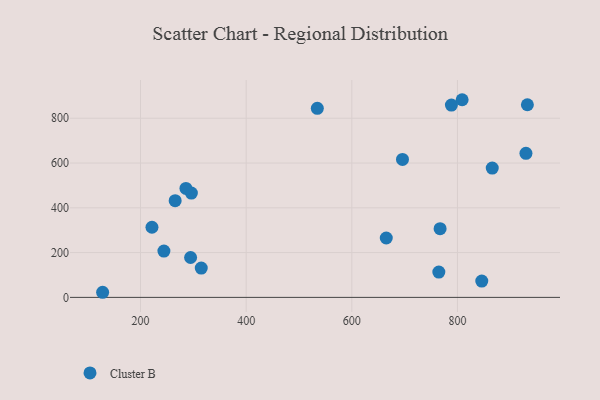
{"axis": {"x": "Speed", "y": "Sales"}, "legend": ["Cluster B"], "data": [{"x": "296.3", "y": 465.9, "type": "Cluster B"}, {"x": "788.5", "y": 858.8, "type": "Cluster B"}, {"x": "244.3", "y": 206.7, "type": "Cluster B"}, {"x": "929.6", "y": 643.6, "type": "Cluster B"}, {"x": "767.1", "y": 306.7, "type": "Cluster B"}, {"x": "534.7", "y": 844.2, "type": "Cluster B"}, {"x": "764.7", "y": 112.8, "type": "Cluster B"}, {"x": "695.9", "y": 616.3, "type": "Cluster B"}, {"x": "865.8", "y": 577.6, "type": "Cluster B"}, {"x": "128.3", "y": 22.8, "type": "Cluster B"}, {"x": "265.6", "y": 432.0, "type": "Cluster B"}, {"x": "315.0", "y": 130.8, "type": "Cluster B"}, {"x": "294.8", "y": 178.1, "type": "Cluster B"}, {"x": "665.2", "y": 265.2, "type": "Cluster B"}, {"x": "221.7", "y": 313.2, "type": "Cluster B"}, {"x": "286.0", "y": 486.7, "type": "Cluster B"}, {"x": "846.0", "y": 72.8, "type": "Cluster B"}, {"x": "808.8", "y": 882.8, "type": "Cluster B"}, {"x": "932.3", "y": 860.4, "type": "Cluster B"}]}